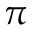
\pi